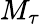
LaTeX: M_{\tau}